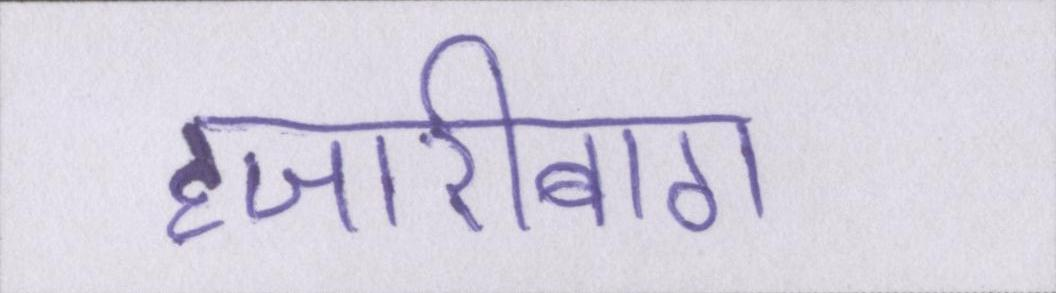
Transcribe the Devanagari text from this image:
हजारीबाग